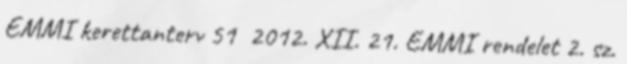
EMMI kerettanterv 51 2012. XII. 21. EMMI rendelet 2. sz.